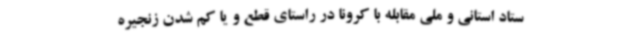
ستاد استانی و ملی مقابله با کرونا در راستای قطع و یا کم شدن زنجیره